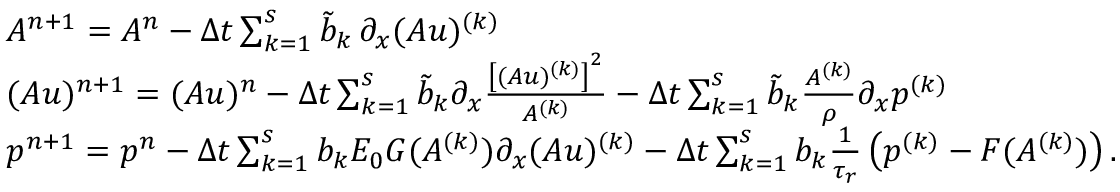
\begin{array} { r l } & { A ^ { n + 1 } = A ^ { n } - \Delta t \sum _ { k = 1 } ^ { s } \tilde { b } _ { k } \, \partial _ { x } ( A u ) ^ { ( k ) } } \\ & { ( A u ) ^ { n + 1 } = ( A u ) ^ { n } - \Delta t \sum _ { k = 1 } ^ { s } \tilde { b } _ { k } \partial _ { x } \frac { \left[ ( A u ) ^ { ( k ) } \right] ^ { 2 } } { A ^ { ( k ) } } - \Delta t \sum _ { k = 1 } ^ { s } \tilde { b } _ { k } \frac { A ^ { ( k ) } } { \rho } \partial _ { x } p ^ { ( k ) } } \\ & { p ^ { n + 1 } = p ^ { n } - \Delta t \sum _ { k = 1 } ^ { s } b _ { k } E _ { 0 } G ( A ^ { ( k ) } ) \partial _ { x } ( A u ) ^ { ( k ) } - \Delta t \sum _ { k = 1 } ^ { s } b _ { k } \frac { 1 } { \tau _ { r } } \left( p ^ { ( k ) } - F ( A ^ { ( k ) } ) \right) . } \end{array}